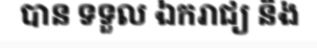
បាន ទទួល ឯករាជ្យ និង